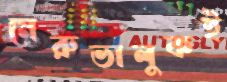
মেরুভালুকই